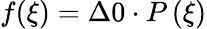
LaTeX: f(\xi)=\Delta 0\cdot P\left(\xi\right)